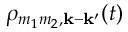
\rho _ { m _ { 1 } m _ { 2 } , \mathbf k - \mathbf k ^ { \prime } } ( t )